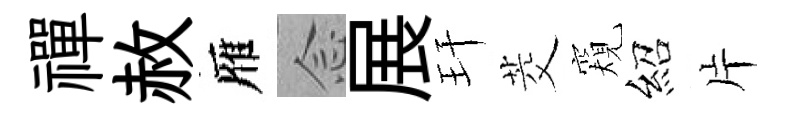
禪赦雁𫝹展玕茭窺紹片